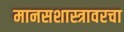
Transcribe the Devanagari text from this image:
मानसशास्त्रावरचा